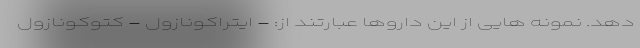
دهد. نمونه هایی از این داروها عبارتند از: - ایتراکونازول - کتوکونازول